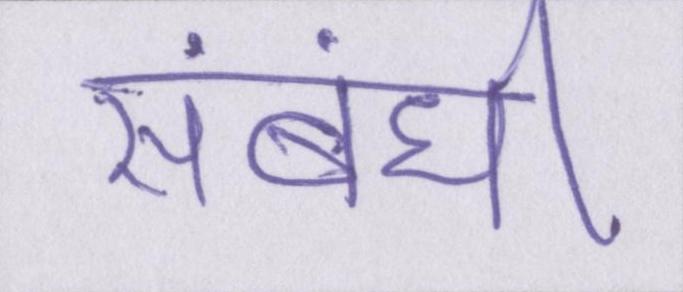
संबंधी